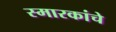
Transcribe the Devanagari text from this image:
स्‍मारकांचे